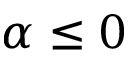
\alpha \leq 0